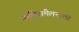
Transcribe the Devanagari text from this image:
कविसंमेलनाला